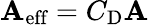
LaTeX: \mathbf{A}_{\textrm{{eff}}}=C_{\textrm{{D}}}\mathbf{A}